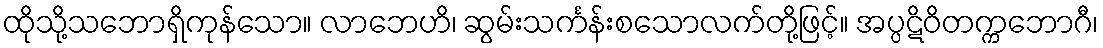
ထိုသို့သဘောရှိကုန်သော။ လာဘေဟိ၊ ဆွမ်းသင်္ကန်းစသောလက်တို့ဖြင့်။ အပ္ပဋိဝိတက္ကဘောဂီ၊